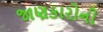
જાણકારોની